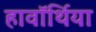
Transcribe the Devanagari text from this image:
हावॉर्थिया